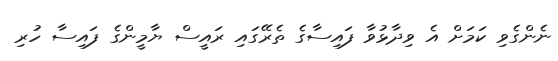
ނެންގެވި ކަމަށް އެ ވިދާޅުވާ ފައިސާގެ ތެރޭގައި ރައީސް ޔާމީންގެ ފައިސާ ހުރި